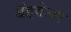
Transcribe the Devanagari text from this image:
बॅडवेअर